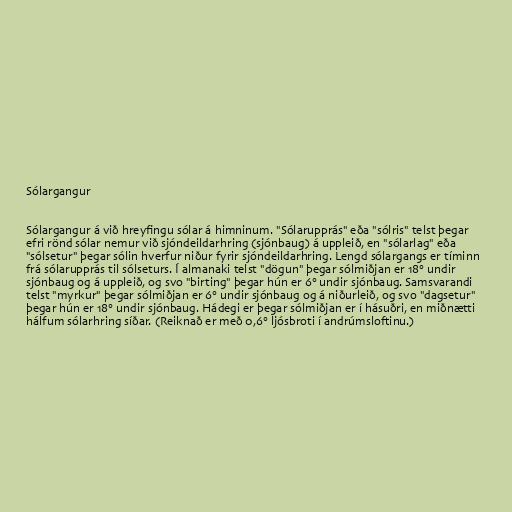
Sólargangur

Sólargangur á við hreyfingu sólar á himninum. "Sólarupprás" eða "sólris" telst þegar
efri rönd sólar nemur við sjóndeildarhring (sjónbaug) á uppleið, en "sólarlag" eða
"sólsetur" þegar sólin hverfur niður fyrir sjóndeildarhring. Lengd sólargangs er tíminn
frá sólarupprás til sólseturs. Í almanaki telst "dögun" þegar sólmiðjan er 18° undir
sjónbaug og á uppleið, og svo "birting" þegar hún er 6° undir sjónbaug. Samsvarandi
telst "myrkur" þegar sólmiðjan er 6° undir sjónbaug og á niðurleið, og svo "dagsetur"
þegar hún er 18° undir sjónbaug. Hádegi er þegar sólmiðjan er í hásuðri, en miðnætti
hálfum sólarhring síðar. (Reiknað er með 0,6° ljósbroti í andrúmsloftinu.)